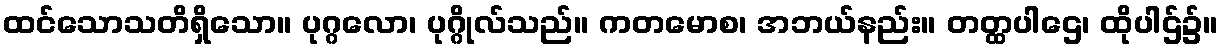
ထင်သောသတိရှိသော။ ပုဂ္ဂလော၊ ပုဂ္ဂိုလ်သည်။ ကတမောစ၊ အဘယ်နည်း။ တတ္ထပါဌေ၊ ထိုပါဌ်၌။